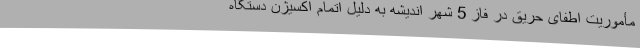
مأموریت اطفای حریق در فاز 5 شهر اندیشه به دلیل اتمام اکسیژن دستگاه